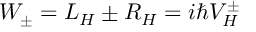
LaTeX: W _ { \pm } = L _ { H } \pm R _ { H } = i \hbar V _ { H } ^ { \pm }